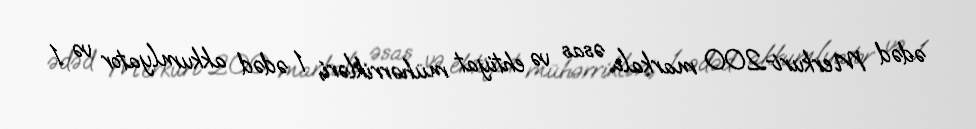
ədəd Merkuri-200 markalı əsas və ehtiyat mühərrikləri, 1 ədəd akkumlyator və 1